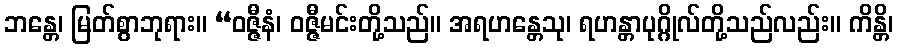
ဘန္တေ၊ မြတ်စွာဘုရား။ “ဝဇ္ဇီနံ၊ ဝဇ္ဇီမင်းတို့သည်။ အရဟန္တေသု၊ ရဟန္တာပုဂ္ဂိုလ်တို့သည်လည်း။ ကိန္တိ၊